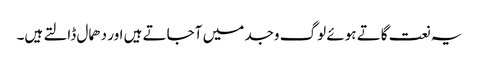
یہ نعت گاتے ہوئے لوگ وجد میں آجاتے ہیں اور دھمال ڈالتے ہیں۔